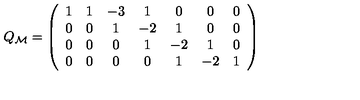
Q _ { \cal M } = \left( \begin{array} { c c c c c c c c } { 1 } & { 1 } & { - 3 } & { 1 } & { 0 } & { 0 } & { 0 } \\ { 0 } & { 0 } & { 1 } & { - 2 } & { 1 } & { 0 } & { 0 } \\ { 0 } & { 0 } & { 0 } & { 1 } & { - 2 } & { 1 } & { 0 } \\ { 0 } & { 0 } & { 0 } & { 0 } & { 1 } & { - 2 } & { 1 } \\ \end{array} \right)